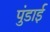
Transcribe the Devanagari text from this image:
पुंडाई